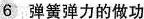
6 弹簧弹力的做功